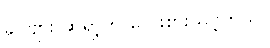
ခင်ဗျား ဆရာ့ကို လေးစားသင့်တယ်။